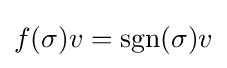
f(\sigma )v=\operatorname {sgn}(\sigma )v